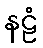
နဠံ